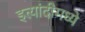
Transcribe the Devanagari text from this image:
इत्यांदीमध्ये